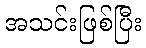
အသင်းဖြစ်ပြီး